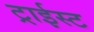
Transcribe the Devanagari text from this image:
ट्राईस्ट